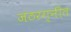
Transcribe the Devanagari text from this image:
जठरग्नीत